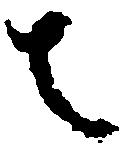
者